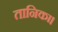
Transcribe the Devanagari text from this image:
तानिका।